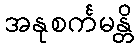
အနုစင်္ကမန္တိ